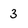
Character: 3